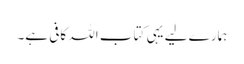
ہمارے لیے یہی کتاب اللہ کافی ہے۔